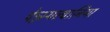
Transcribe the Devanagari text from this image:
पेन्न्स्यल्वानिया